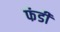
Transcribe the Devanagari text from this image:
फंडी